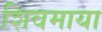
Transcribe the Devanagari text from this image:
शिवमाया